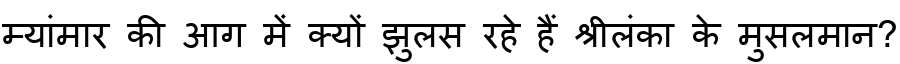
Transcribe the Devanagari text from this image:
म्यांमार की आग में क्यों झुलस रहे हैं श्रीलंका के मुसलमान?